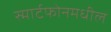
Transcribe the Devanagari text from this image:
स्मार्टफोनमधील